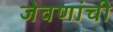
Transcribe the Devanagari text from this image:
जेवणांची